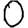
Digit: 0